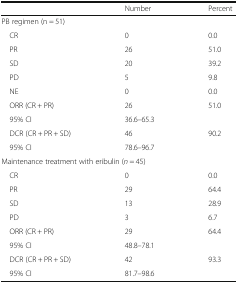
|  | Number | Percent |
 | --- | --- | --- |
 | <COLSPAN=3> PB regimen (n = 51) |
 | CR | 0 | 0.0 |
 | PR | 26 | 51.0 |
 | SD | 20 | 39.2 |
 | PD | 5 | 9.8 |
 | NE | 0 | 0.0 |
 | ORR (CR + PR) | 26 | 51.0 |
 | 95% CI | 36.6–65.3 |  |
 | DCR (CR + PR + SD) | 46 | 90.2 |
 | 95% CI | 78.6–96.7 |  |
 | <COLSPAN=3> Maintenance treatment with eribulin (n = 45) |
 | CR | 0 | 0.0 |
 | PR | 29 | 64.4 |
 | SD | 13 | 28.9 |
 | PD | 3 | 6.7 |
 | ORR (CR + PR) | 29 | 64.4 |
 | 95% CI | 48.8–78.1 |  |
 | DCR (CR + PR + SD) | 42 | 93.3 |
 | 95% CI | 81.7–98.6 |  |